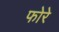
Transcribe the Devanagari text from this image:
फोरे